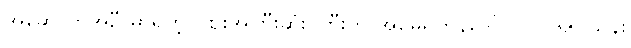
အဆောက်အဦ မှာရှိတဲ့ ဈေးအကြီးဆုံး ကြီးက အမေရိကန်ဒေါ်လာ ၂၆.၅ သန်း